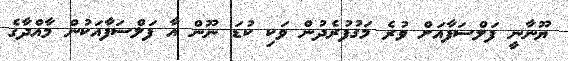
ޔޫނާނީ ފަލްސަފާއަށް ވުރެ މަގުފުރެދުން ވަކި ކުޑަ ނޫން އާ ފަލްސަފާއަކުން މާއްދާގެ